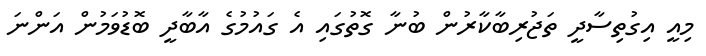
މިއީ އިގުތިސާދީ ތަޖުރިބާކާރުން ބުނާ ގޮތުގައި އެ ގައުމުގެ އާބާދީ ބޮޑުވަމުން އަންނަ